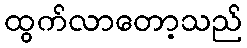
ထွက်လာတော့သည်